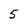
Character: 5